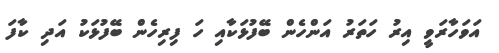
އަވަހާރަވީ އިރު ހަތަރު އަންހެން ބޭފުޅަކާއި ހަ ފިރިހެން ބޭފުޅަކު އަދި ކާފަ